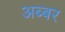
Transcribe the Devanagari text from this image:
अब्बर